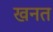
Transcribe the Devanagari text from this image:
खनत